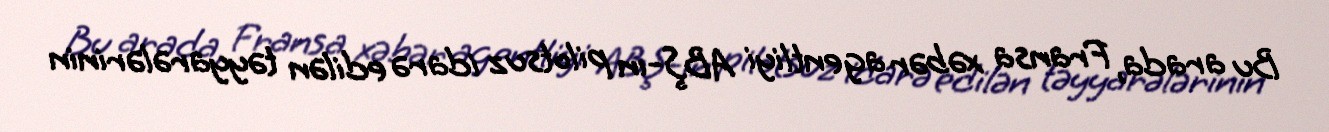
Bu arada, Fransa xəbər agentliyi ABŞ-ın pilotsuz idarə edilən təyyarələrinin